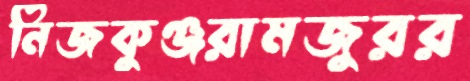
নিজকুঞ্জরামজুরর